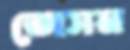
জেসন